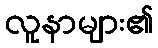
လူနာများ၏